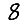
Digit: 8